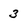
Character: 3